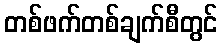
တစ်ဖက်တစ်ချက်စီတွင်